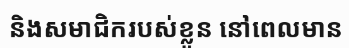
និងសមាជិករបស់ខ្លួន នៅពេលមាន